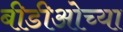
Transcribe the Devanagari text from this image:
बीडीओच्या